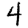
Digit: 4